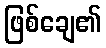
ဖြစ်ချေ၏